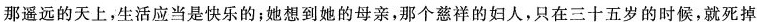
遥远的天上，生活应当是快乐的想到她的母亲，那个慈祥的妇人。口三十五岁的时，# 只在三 候，就死掉